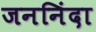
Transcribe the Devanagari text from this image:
जननिंदा